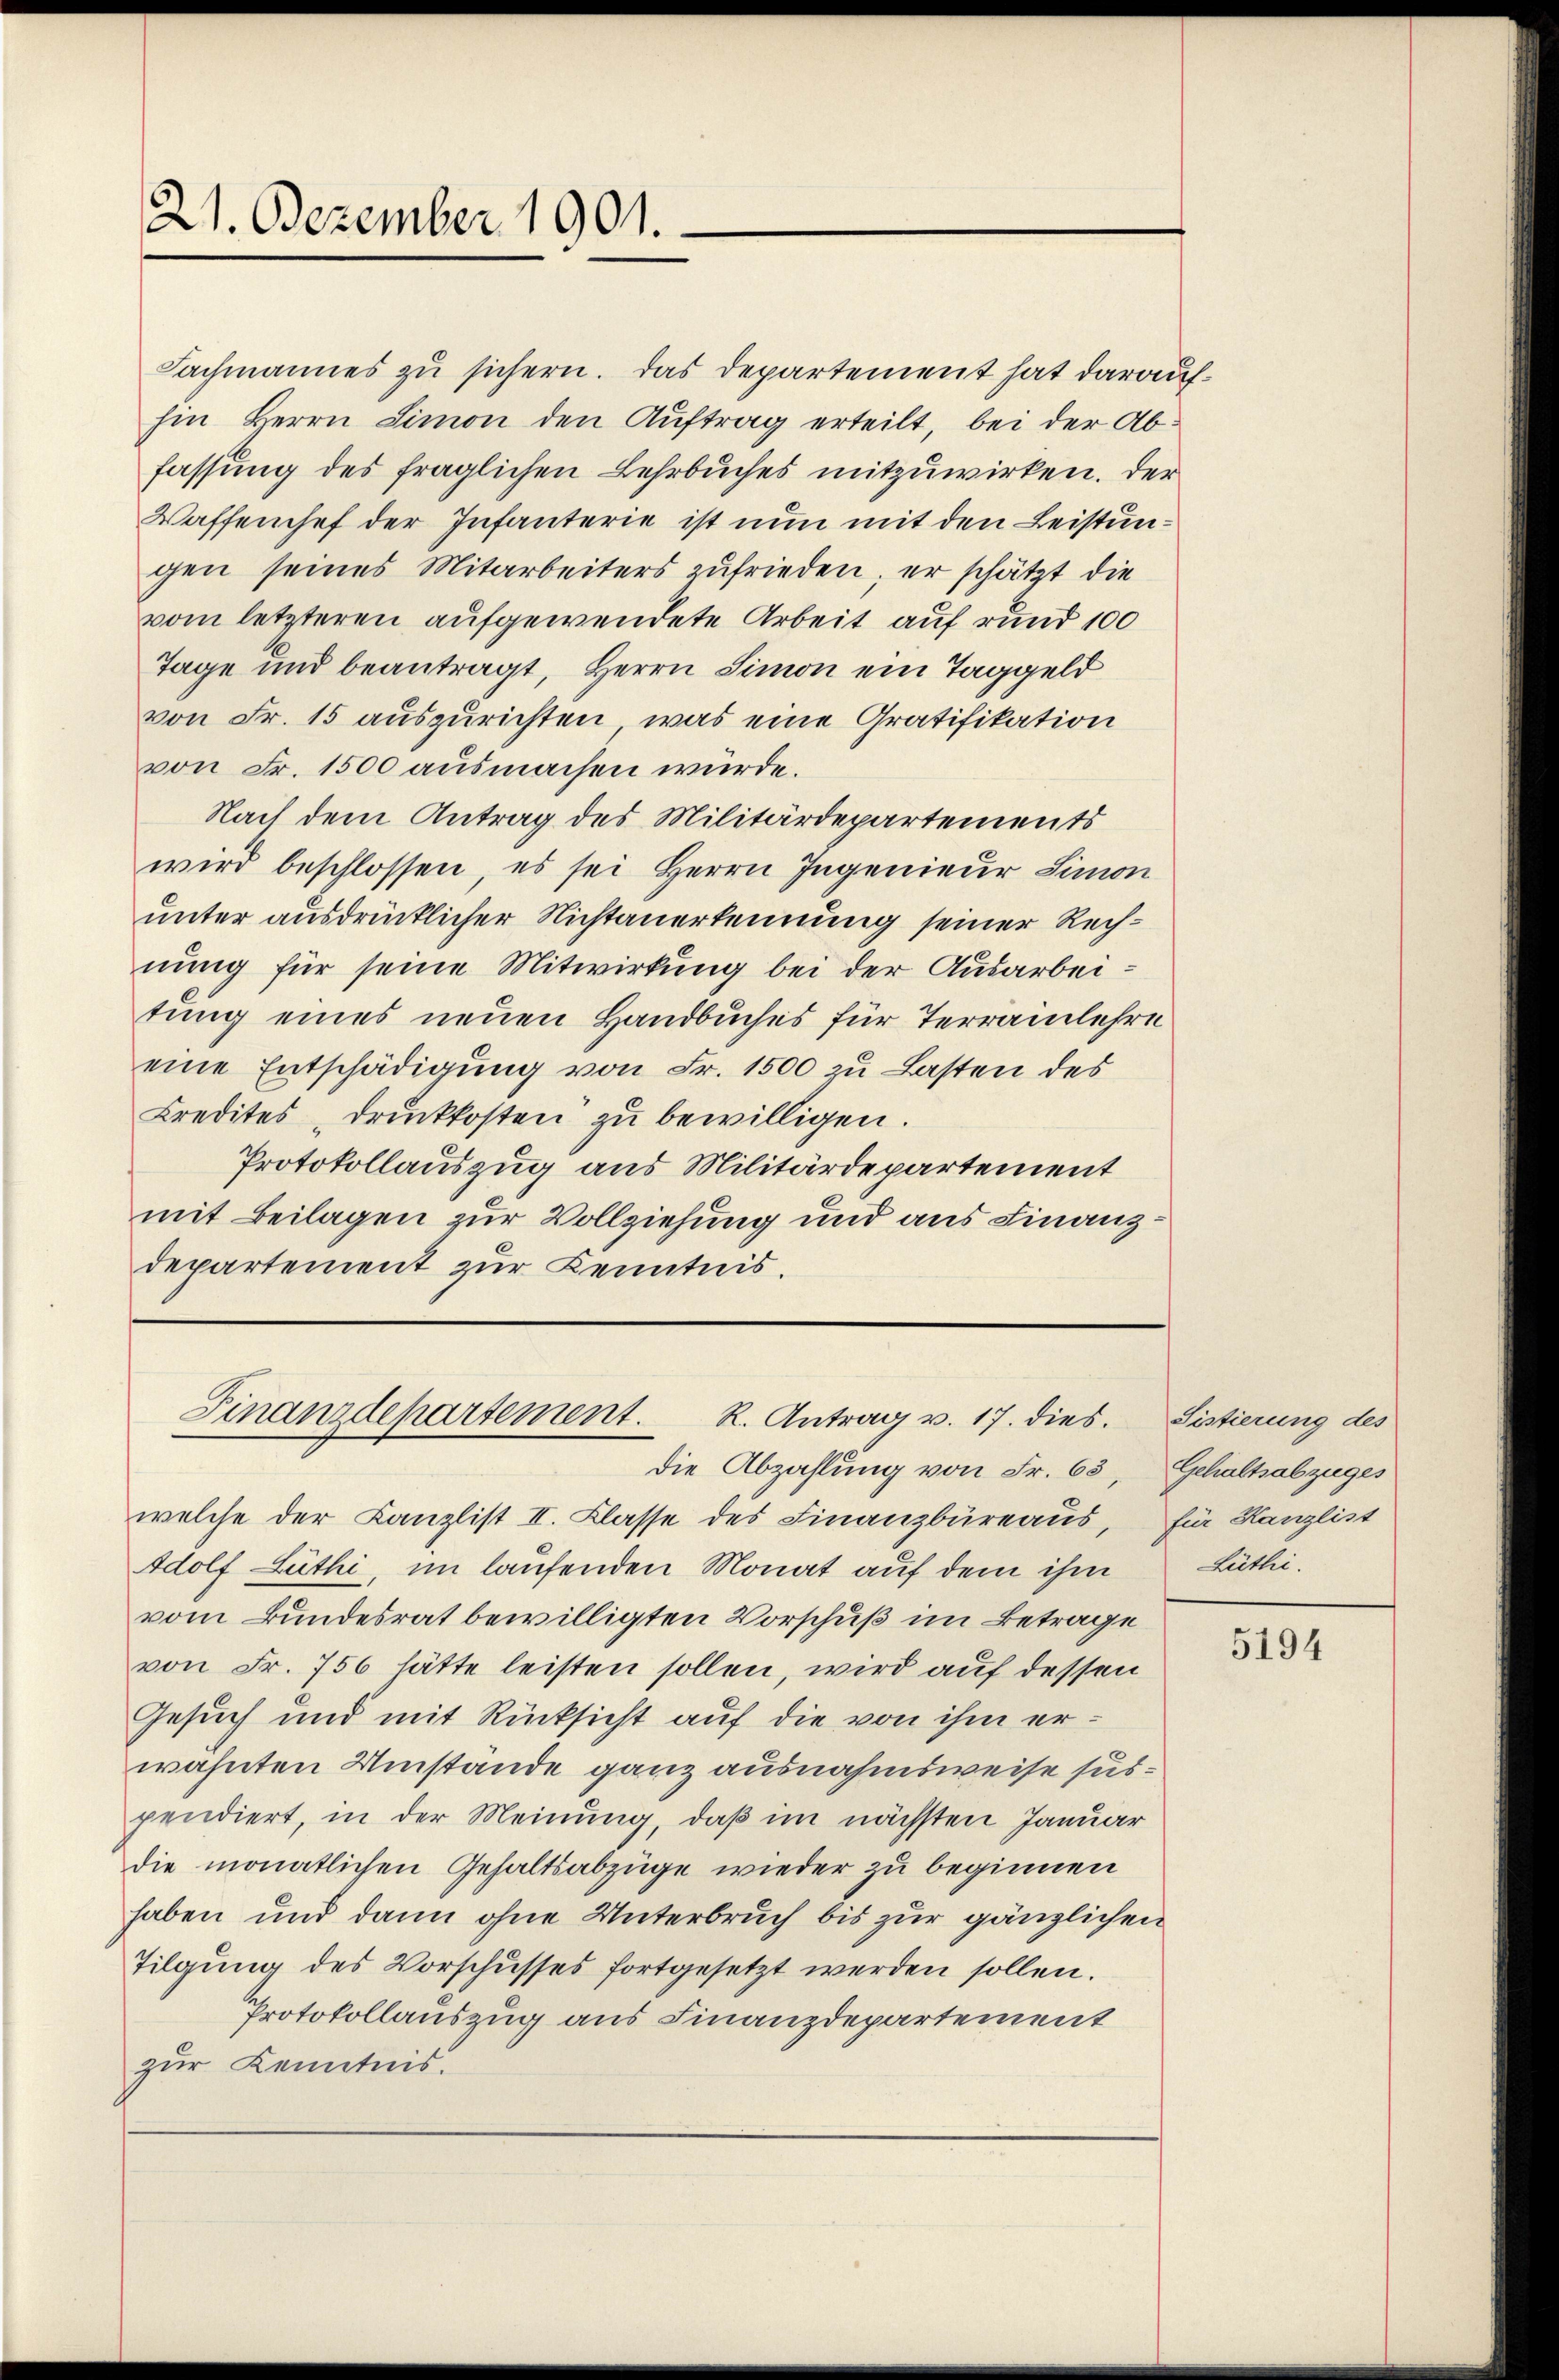
21. Dezember 1901.

Fachmannes zu sichern. Das Departement hat daraufhin Herrn Simon den Auftrag erteilt, bei der Abfassung des fraglichen Lehrbuches mitzuwirken. Der
Waffenhef der Infanterie ist nun mit den Leistungen seines Mitarbeiters zufrieden; er schätzt die
vom letzteren aufgewendete Arbeit auf rund 100
Tage und beantragt, Herrn Simon ein Taggeld
von Fr. 15 auszurichten, was eine Gratifikation
von Fr. 1500 ausmachen würde.
Nach dem Antrag des Militärdepartements
wird beschlossen, es sei Herrn Ingenieur Simon
unter ausdrücklicher Nichtanerkennung seiner Rechnung für seine Mitwirkung bei der Ausarbeitung eines neuen Handbuches für Terrainlehre
eine Entschädigung von Fr. 1500 zu Lasten des
Credites druckkosten zu bewilligen.
Protokollauszug aus Militärdepartement
mit Beilagen zur Vollziehung und aus Finanzdepartement zur Kenntnis.

Die Abzahlung von Fr. 63, Gehaltsabzuges
welche der Kanzlist II. Classe des Finanzbüreaŭs, für Kanzlist
Adolf Lüthi, im laufenden Monat auf dem ihm
vom Bundesrat bewilligten Vorschuß im Betrage
von Fr. 756 hätte leisten sollen, wird auf dessen
Gesuch und mit Rücksicht auf die von ihm erwähnten Umstände ganz ausnahmsweise suspendiert, in der Meinung, daß im nächsten Januar
die monatlichen Gehaltsabzüge wieder zu beginnen
haben und dann ohne Unterbruch bis zur gänzlichen
Tilgung des Vorschusses fortgesetzt werden sollen.
Protokollauszug aus Finanzdepartement
zur Kenntnis.

Finanzdepartement. R. Antrag v. 17. dies.

Sistierung des
Lüthi

5194